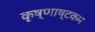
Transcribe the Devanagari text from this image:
कृष्णाष्टकम